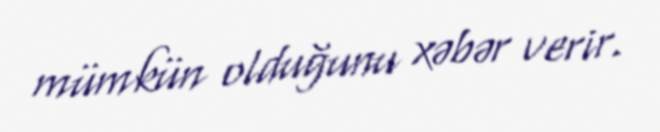
mümkün olduğunu xəbər verir.